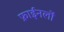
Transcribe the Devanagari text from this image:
फ़ाईनलों